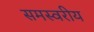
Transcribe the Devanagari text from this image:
समस्वरीय